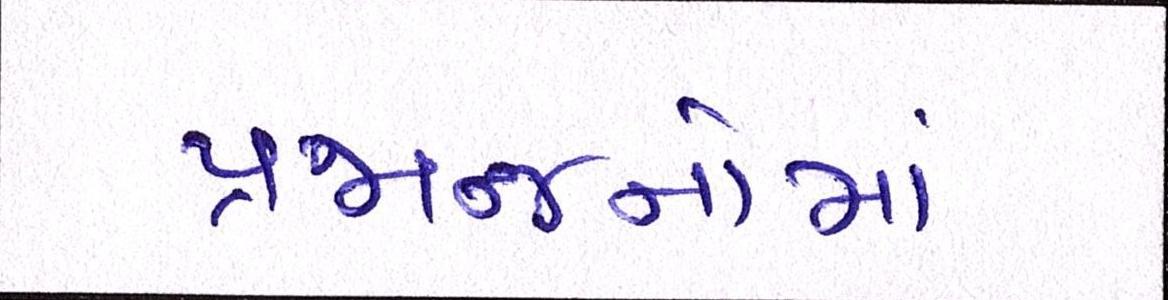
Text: પ્રજાજનોમાં